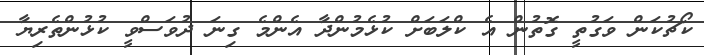
ކޯޗުކަން ވަގުތީ ގޮތުން އެ ކްލަބަށް ކުޅެމުންދާ އެންމެ ގިނަ ދުވަސްވީ ކުޅުންތެރިޔާ